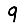
Digit: 9